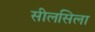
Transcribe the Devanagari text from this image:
सीलसिला